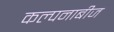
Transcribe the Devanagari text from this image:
कल्पनाबीज